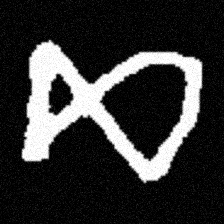
Pyu character \u2014 Myanmar letter: ဆ (romanized: cha)